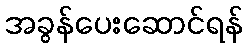
အခွန်ပေးဆောင်ရန်